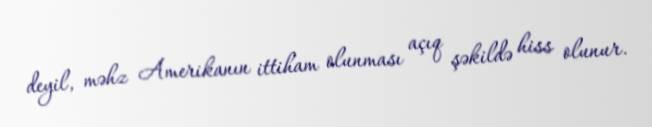
deyil, məhz Amerikanın ittiham olunması açıq şəkildə hiss olunur.